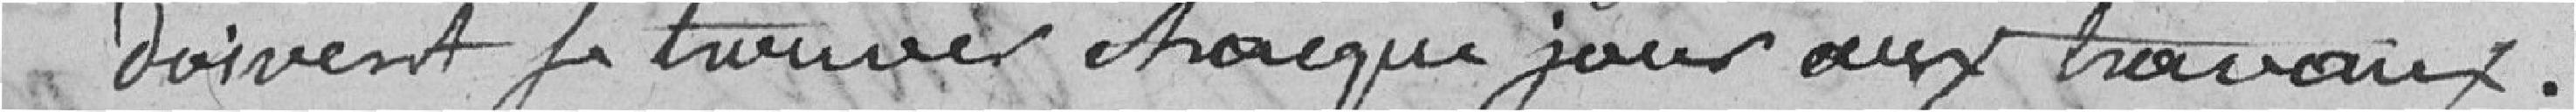
doivent se trouver chaque jour aux travaux.